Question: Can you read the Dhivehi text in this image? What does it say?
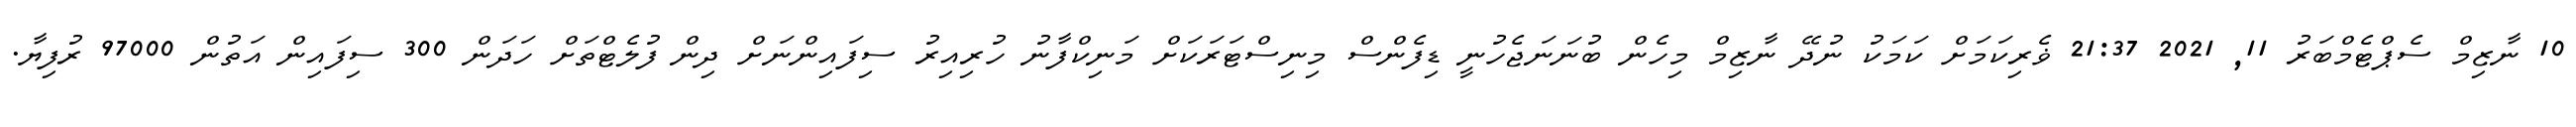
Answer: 10 ނާޒިމް ސެޕްޓެމްބަރު 11, 2021 21:37 ޥެރިކަމަށް ކަމަކު ނުދޭ ނާޒިމް މިހެން ބުނަނަޖެހުނީ ޑިފެންސް މިނިސްޓަރަކަށް މަނިކްފާނު ހުރިއިރު ސިފައިންނަށް ދިން ފުލެޓްތަށް ހަދަން 300 ސިފައިން އަތުން 97000 ރުފިޔާ.